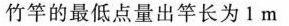
竹竿的最低点量出竿长为1m